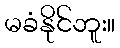
မခံနိုင်ဘူး။